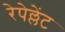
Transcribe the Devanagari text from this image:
रेपेल्लेंट